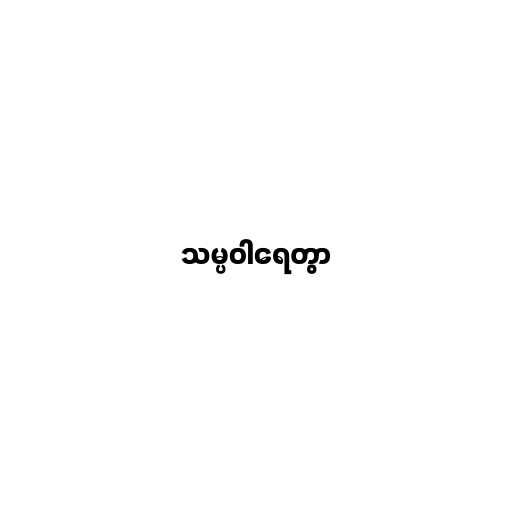
သမ္ပဝါရေတွာ